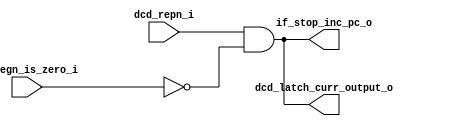
module nkmd_cpu_seq(
    input wire rf_regn_is_zero_i,
    input wire dcd_repn_i,
    output wire if_stop_inc_pc_o,
    output wire dcd_latch_curr_output_o);
wire stall = (dcd_repn_i == 1'b1) && (rf_regn_is_zero_i == 1'b0);
assign if_stop_inc_pc_o = stall;
assign dcd_latch_curr_output_o = stall;
endmodule